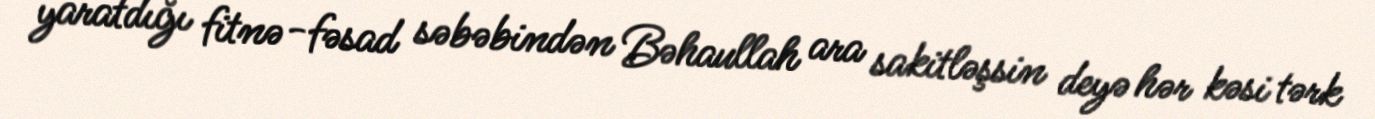
yaratdığı fitnə-fəsad səbəbindən Bəhaullah ara sakitləşsin deyə hər kəsi tərk